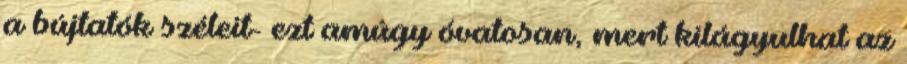
a bújtatók széleit- ezt amúgy óvatosan, mert kilágyulhat az